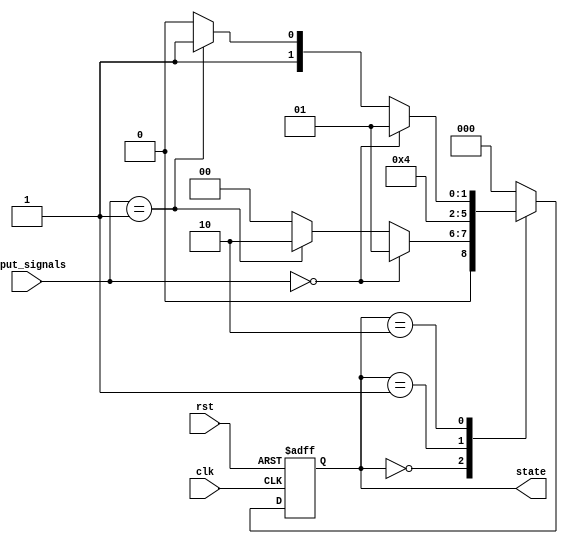
module state_machine(
    input clk,
    input rst,
    input [1:0] input_signals,
    output reg [2:0] state
);

// State encoding
parameter IDLE_STATE = 3'b000;
parameter STATE_1 = 3'b001;
parameter STATE_2 = 3'b010;
parameter STATE_3 = 3'b011;

// State machine logic
always @(posedge clk or posedge rst) begin
    if (rst) begin
        state <= IDLE_STATE;
    end else begin
        case (state)
            IDLE_STATE: begin
                if (input_signals == 2'b00) begin
                    state <= STATE_1;
                end else if (input_signals == 2'b01) begin
                    state <= STATE_2;
                end else begin
                    state <= IDLE_STATE; // Default state
                end
            end
            STATE_1: begin
                // State 1 specific logic
                state <= STATE_2;
            end
            STATE_2: begin
                // State 2 specific logic
                if (input_signals == 2'b00) begin
                    state <= STATE_1;
                end else if (input_signals == 2'b01) begin
                    state <= STATE_3;
                end else begin
                    state <= STATE_2; // Default state
                end
            end
            STATE_3: begin
                // State 3 specific logic
                state <= IDLE_STATE; // Return to idle state
            end
            default: state <= IDLE_STATE;
        endcase
    end
end

endmodule